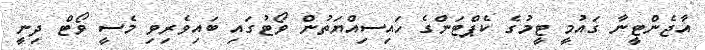
އާޖެންޓީނާ ގައުމީ ޓީމުގެ ކެޕްޓަންގެ ހައިސިއްޔަތުން ވޯޓުގައި ބައިވެރިވި މެސީ ވޯޓް ދިނީ